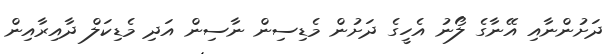
ދަށުންނާއި އޭނާގެ ލޯނު އެހީގެ ދަށުން މެޑިސިން ނާސިން އަދި މެޑިކަލް ދާއިރާއިން